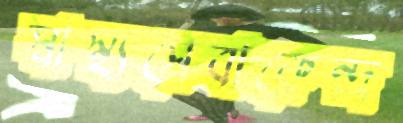
স্বাস্থ্যসেবাকেন্দ্র